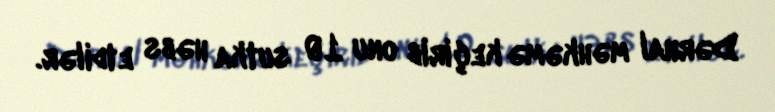
Dərhal məhkəmə keçirib onu 10 sutka həbs etdilər.